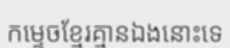
កម្ទេចខ្មែរគ្មានឯងនោះទេ